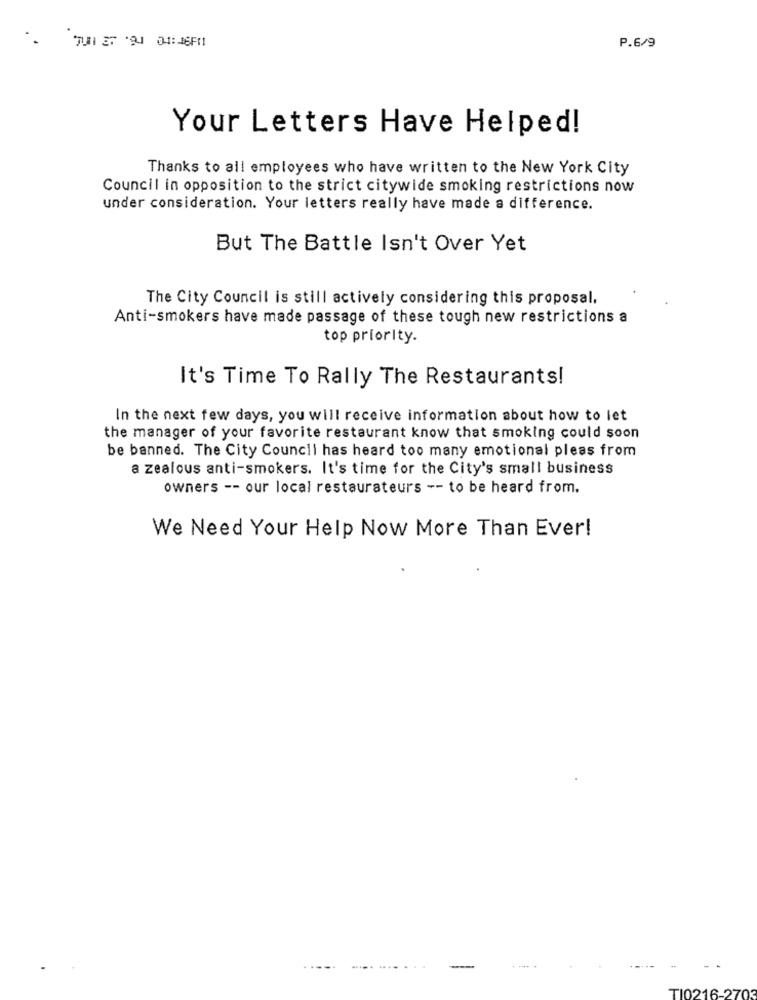
P.6/9
Your Letters Have Helped!
Thanks to all employees who have written to the New York City
Council in opposition to the strict citywide smoking restrictions now
under consideration. Your letters really have made a difference.
But The Battle Isn't Over Yet
The City Council is still actively considering this proposal.
Anti-smokers have made passage of these tough new restrictions a
top priority.
It's Time To Rally The Restaurants!
In the next few days, you will receive information about how to let
the manager of your favorite restaurant know that smoking could soon
be banned. The City Council has heard too many emotional pleas from
a zealous anti-smokers. It's time for the City's small business
owners -- our local restaurateurs -- to be heard from.
We Need Your Help Now More Than Ever!
..... .... . .
TI0216-270